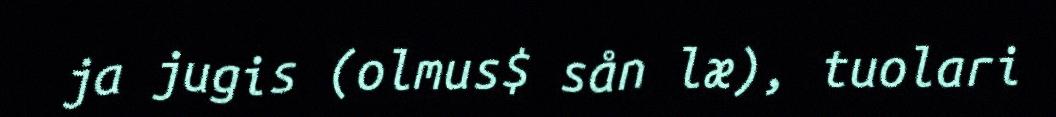
ja jugis (olmus$ sån læ), tuolari